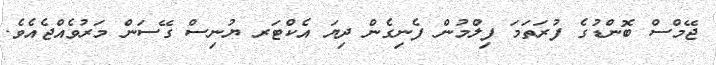
ޖޭމްސް ބޮންޑުގެ ފުރަތަމަ ފިލްމުން ފެނިގެން ދިޔަ އެކްޓަރ ޔުނިސް ގޭސަން މަރުވެއްޖެއެވެ.